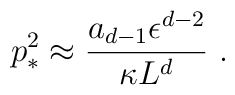
p_*^2\approx {a_{d-1}\epsilon^{d-2}\over\kappa L^d}~.